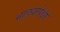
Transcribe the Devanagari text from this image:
भाड्यापेक्षा